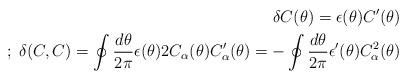
LaTeX: \begin{align*}\delta C(\theta) = \epsilon(\theta) C'(\theta) \\;\; \delta (C,C) = \oint \frac{d \theta}{2\pi}\epsilon(\theta) 2 C_{\alpha}(\theta) C'_{\alpha}(\theta) =-\oint \frac{d \theta}{2\pi}\epsilon'(\theta)C_{\alpha}^2(\theta)\end{align*}